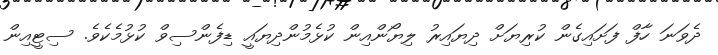
ދެވަނަ ހާފް ފަށައިގެން ކުރިޔަށް ދިޔައިރު ލިޔޯންއިން ކުޅެމުންދިޔައީ ޑިފެންސިވް ކުޅުމެކެވެ. ސިޓީއިން